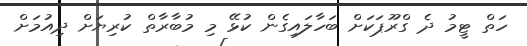
ހަތް ޓީމު ދެ ގްރޫޕަކަށް ބަހާލައިގެން ކުޅޭ މި މުބާރާތް ކުރިޔަށް ދިއުމަށް